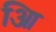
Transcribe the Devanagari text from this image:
आि